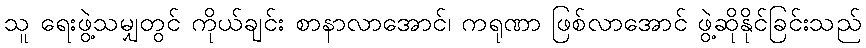
သူ ရေးဖွဲ့သမျှတွင် ကိုယ်ချင်း စာနာလာအောင်၊ ကရုဏာ ဖြစ်လာအောင် ဖွဲ့ဆိုနိုင်ခြင်းသည်